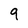
Character: 9